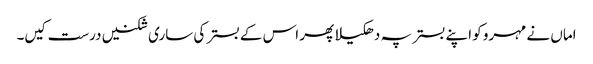
اماں نے مہرو کو اپنے بستر پہ دھکیلا پھر اس کے بستر کی ساری شکنیں درست کیں۔